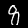
Digit: 8